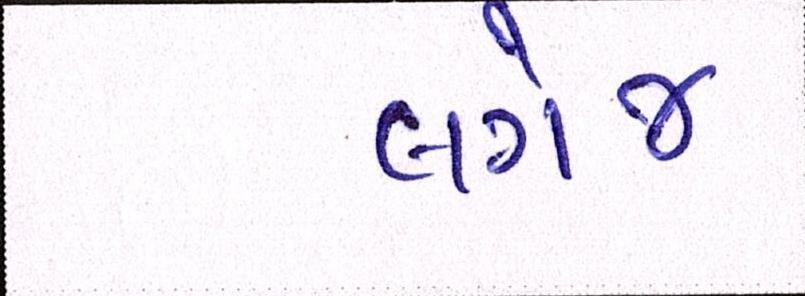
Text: લગેજ